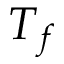
T _ { f }